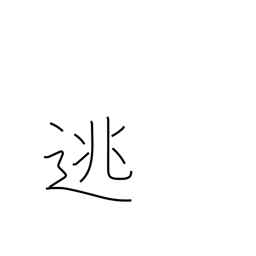
Meaning: set free